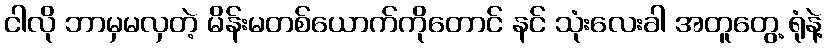
ငါလို ဘာမှမလှတဲ့ မိန်းမတစ်ယောက်ကိုတောင် နင် သုံးလေးခါ အတူတွေ့ ရုံနဲ့